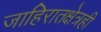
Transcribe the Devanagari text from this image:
जाहिरातक्षेत्रही